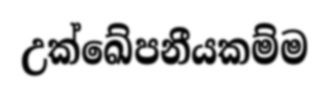
උක්ඛේපනීයකම්ම